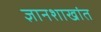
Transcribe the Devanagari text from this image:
ज्ञानशाखांत